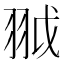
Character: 䎀